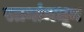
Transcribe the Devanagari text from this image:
स्तनांमधून